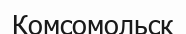
Комсомольск